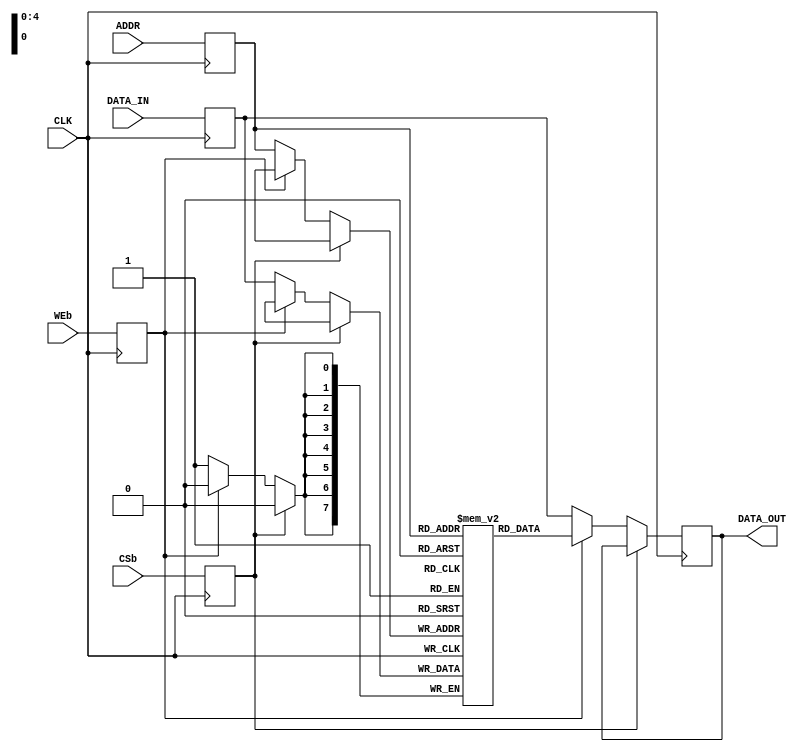
// open RAM implemented as flip flops (fall back solution)

module openRam (
    input   wire            CLK,
    input   wire            CSb,
    input   wire            WEb,
    input   wire    [4:0]   ADDR,
    input   wire    [7:0]   DATA_IN,
    output  wire    [7:0]   DATA_OUT
);
    
    // control signal flip flops
    reg       CSb_Q;
    reg       WEb_Q;
    reg [4:0] ADDR_Q;
    reg [7:0] DATA_IN_Q;
    // "RAM" flip flops (32 x 8bit = 256bit)
    reg [7:0] RAM_Q [31:0];
    reg [7:0] RAM_OUT_Q;

    // module output
    assign DATA_OUT = RAM_OUT_Q;

    // latch control signals first
    always @(posedge(CLK)) begin
        CSb_Q       <= CSb;
        WEb_Q       <= WEb;
        ADDR_Q      <= ADDR;
        DATA_IN_Q   <= DATA_IN;
    end

    // actual ram cell access
    always @(negedge(CLK)) begin
        // new ram access
        if (CSb_Q == 1'b0) begin
            // valid write access
            if (WEb_Q == 1'b0) begin
                RAM_Q[ADDR_Q] <= DATA_IN_Q;
                RAM_OUT_Q     <= DATA_IN_Q;
            // valid read access
            end else RAM_OUT_Q <= RAM_Q[ADDR_Q];
        end
    end
endmodule